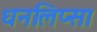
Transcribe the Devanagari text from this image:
धनलिप्सा